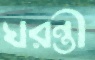
ঘরন্তী